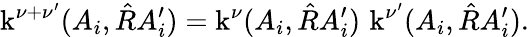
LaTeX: \operatorname{k}^{\nu+\nu^{\prime}}(A_{i},\hat{R}A_{i}^{\prime})=\operatorname{k}^{\nu}(A_{i},\hat{R}A_{i}^{\prime})\, \operatorname{k}^{\nu^{\prime}}(A_{i},\hat{R}A_{i}^{\prime}).